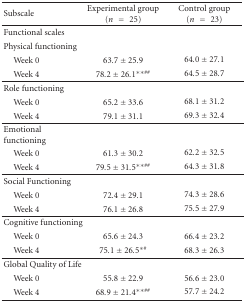
| Subscale | Experimental group (n = 25) | Control group (n = 23) |
 | --- | --- | --- |
 | Functional scales |  |  |
 | Physical functioning |  |  |
 | Week 0 | 63.7 ± 25.9 | 64.0 ± 27.1 |
 | Week 4 | 78.2 ± 26.1∗∗## | 64.5 ± 28.7 |
 | Role functioning |  |  |
 | Week 0 | 65.2 ± 33.6 | 68.1 ± 31.2 |
 | Week 4 | 79.1 ± 31.1 | 69.3 ± 32.4 |
 | Emotional functioning |  |  |
 | Week 0 | 61.3 ± 30.2 | 62.2 ± 32.5 |
 | Week 4 | 79.5 ± 31.5∗∗## | 64.3 ± 31.8 |
 | Social Functioning |  |  |
 | Week 0 | 72.4 ± 29.1 | 74.3 ± 28.6 |
 | Week 4 | 76.1 ± 26.8 | 75.5 ± 27.9 |
 | Cognitive functioning |  |  |
 | Week 0 | 65.6 ± 24.3 | 66.4 ± 23.2 |
 | Week 4 | 75.1 ± 26.5∗# | 68.3 ± 26.3 |
 | Global Quality of Life |  |  |
 | Week 0 | 55.8 ± 22.9 | 56.6 ± 23.0 |
 | Week 4 | 68.9 ± 21.4∗∗## | 57.7 ± 24.2 |